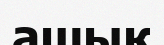
ашық